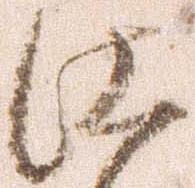
仕